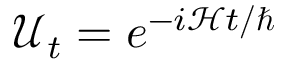
{ \mathcal { U } } _ { t } = e ^ { - i { \mathcal { H } } t / \hbar }